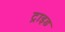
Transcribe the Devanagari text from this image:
ट्राइड